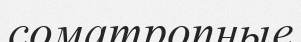
соматропные